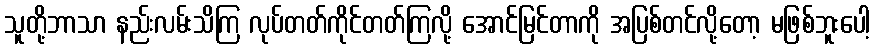
သူတို့ဘာသာ နည်းလမ်းသိကြ လုပ်တတ်ကိုင်တတ်ကြလို့ အောင်မြင်တာကို အပြစ်တင်လို့တော့ မဖြစ်ဘူးပေါ့